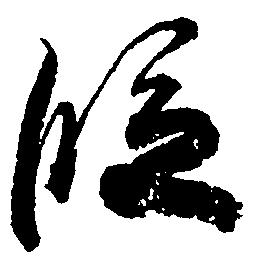
段